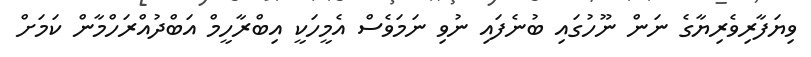
ވިޔަފާރިވެރިޔާގެ ނަން ނޫހުގައި ބުނެފައި ނުވި ނަމަވެސް އެމީހަކީ އިބްރާހީމް އަބްދުއްރަހްމާން ކަމަށް